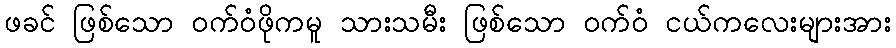
ဖခင် ဖြစ်သော ဝက်ဝံဖိုကမူ သားသမီး ဖြစ်သော ဝက်ဝံ ငယ်ကလေးများအား